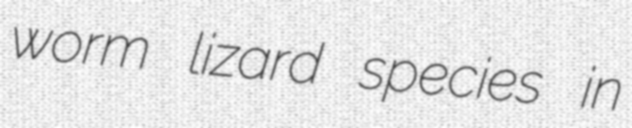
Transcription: worm lizard species in